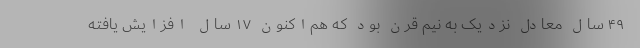
۴۹ سال معادل نزدیک به نیم قرن بود که هم‌اکنون ۱۷ سال افزایش یافته